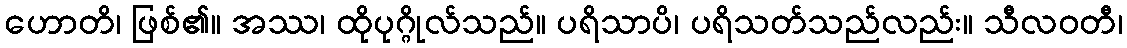
ဟောတိ၊ ဖြစ်၏။ အဿ၊ ထိုပုဂ္ဂိုလ်သည်။ ပရိသာပိ၊ ပရိသတ်သည်လည်း။ သီလဝတီ၊